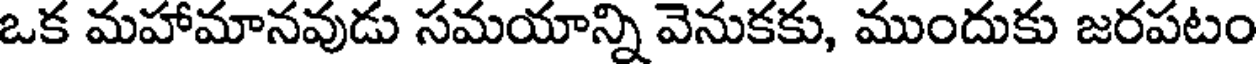
ఒక మహామానవుడు సమయాన్ని వెనుకకు, ముందుకు జరపటం